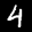
Label: 4